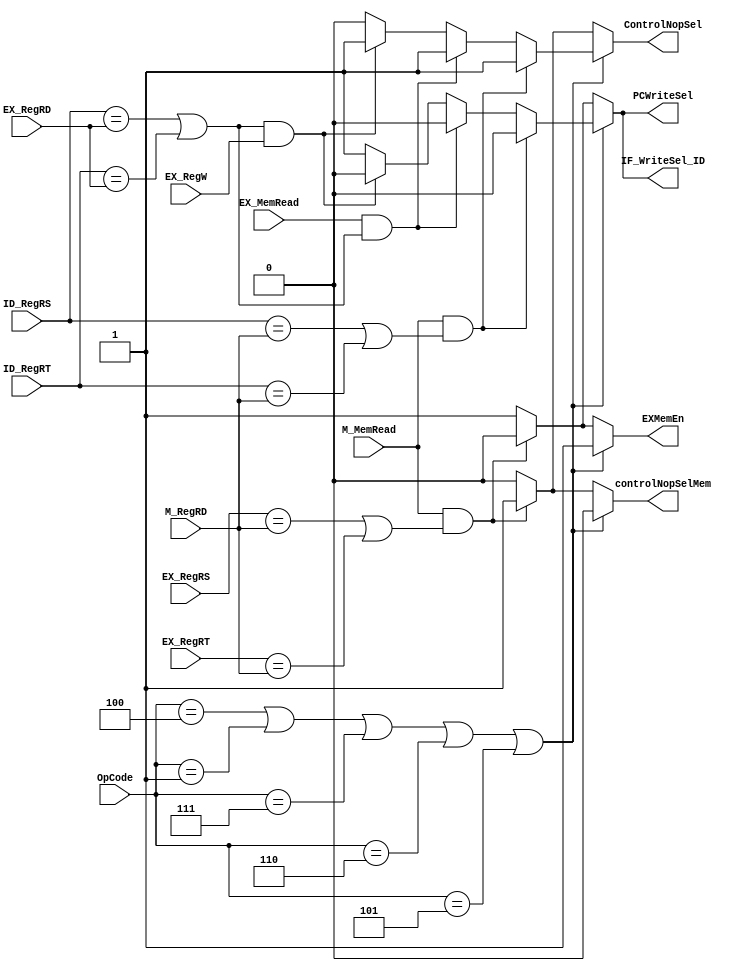
`timescale 1ns / 1ps
//////////////////////////////////////////////////////////////////////////////////
// ECE369 - Computer Architecture
// Name: Andrew Camps
// Module Name: HazzardDetectionUnit
//////////////////////////////////////////////////////////////////////////////////


module HazzardDetectionUnit(OpCode,EX_RegW, EX_MemRead, EX_RegRD, ID_RegRS, ID_RegRT, PCWriteSel, IF_WriteSel_ID, ControlNopSel, M_MemRead, M_RegRD, EX_RegRS, EX_RegRT, EXMemEn, controlNopSelMem);

    input [4:0] EX_RegRD, ID_RegRS, ID_RegRT, M_RegRD, EX_RegRS, EX_RegRT;
    input [5:0] OpCode;
    
    input EX_MemRead, EX_RegW, M_MemRead;
    output reg IF_WriteSel_ID, ControlNopSel, PCWriteSel, EXMemEn, controlNopSelMem;
    
    parameter BEQ = 4, BGEZBLTZ = 1, BGTZ = 7, BLEZ = 6, BNE = 5;
    initial begin
        IF_WriteSel_ID <= 1;
        PCWriteSel <= 1;
        ControlNopSel <= 0;
        EXMemEn <= 1;
        controlNopSelMem <= 0;
    end
    
    always @(*) begin
    
        IF_WriteSel_ID <= 1;
        PCWriteSel <= 1;
        ControlNopSel <= 0;
        EXMemEn <= 1;
        controlNopSelMem <= 0;
        if(OpCode == BEQ || OpCode == BGEZBLTZ || OpCode == BGTZ || OpCode == BLEZ || OpCode == BNE) begin
            if((ID_RegRS == EX_RegRD || ID_RegRT == EX_RegRD) && EX_RegW == 1)begin
                IF_WriteSel_ID <= 0;
                PCWriteSel <= 0;
                ControlNopSel <= 1;
                end
                
            if(EX_MemRead == 1 && (ID_RegRS == EX_RegRD || ID_RegRT == EX_RegRD)) begin
                IF_WriteSel_ID <= 0;
                PCWriteSel <= 0;
                ControlNopSel <= 1;
            end
            
            if(M_MemRead == 1 && (ID_RegRS == M_RegRD || ID_RegRT == M_RegRD)) begin
                IF_WriteSel_ID <= 0;
                PCWriteSel <= 0;
                ControlNopSel <= 1;
            end
            
         end
         else begin
         
            if(M_MemRead == 1 && (EX_RegRS == M_RegRD || EX_RegRT == M_RegRD )) begin
                IF_WriteSel_ID <= 0;
                PCWriteSel <= 0;
                ControlNopSel <= 1;
                EXMemEn <= 0;
                controlNopSelMem <= 1;
                 
            end
            
         end
         
             
         
    
    end


endmodule